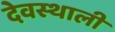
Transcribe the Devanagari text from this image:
देवस्थाली